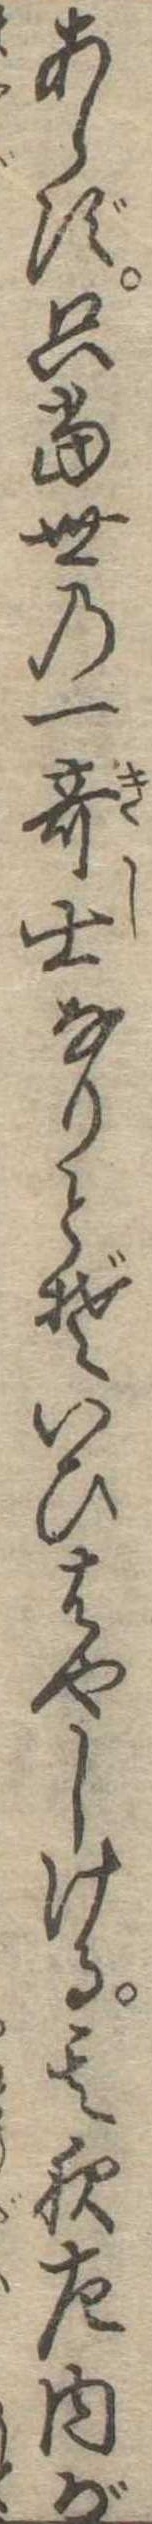
あらず只当世の一奇士なりとぞいひはやしける其夜左内が